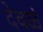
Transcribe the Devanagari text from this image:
देवळं